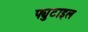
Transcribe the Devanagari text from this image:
फ्युटाइल